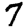
Digit: 7